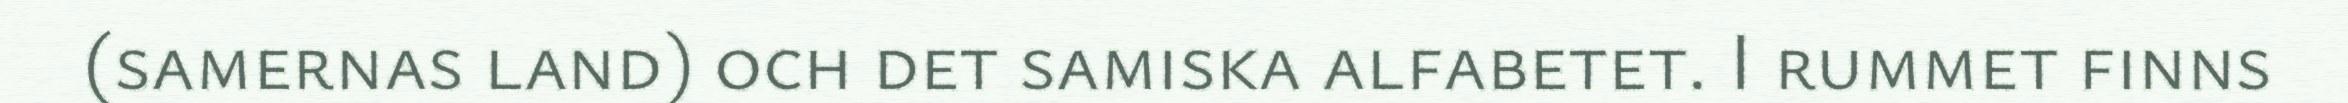
(samernas land) och det samiska alfabetet. I rummet finns